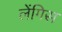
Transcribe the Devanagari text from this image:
लेंगिस